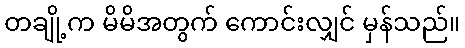
တချို့က မိမိအတွက် ကောင်းလျှင် မှန်သည်။